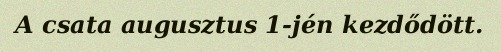
A csata augusztus 1-jén kezdődött.